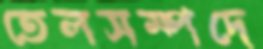
তেলসম্পদে